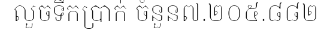
លួចទឹកប្រាក់ ចំនួន៧.២០៥.៨៨២